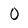
Character: O